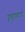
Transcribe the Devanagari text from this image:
इकुएतटड